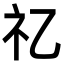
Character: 𥘆